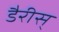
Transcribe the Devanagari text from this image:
डैरीस्